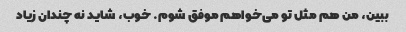
ببین، من هم مثل تو می‌خواهم موفق شوم. خوب، شاید نه چندان زیاد